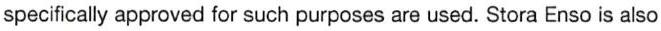
specifically approved for such purposes are used. Stora Enso is also